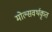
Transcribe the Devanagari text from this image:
मोल्सवर्थकृत